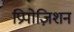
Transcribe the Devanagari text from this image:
प्रिपोज़िशन